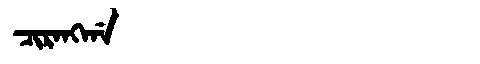
Manchu: ᠴᡳᡵᠠᠩᡤᠠ
Romanization: CIRANGGA